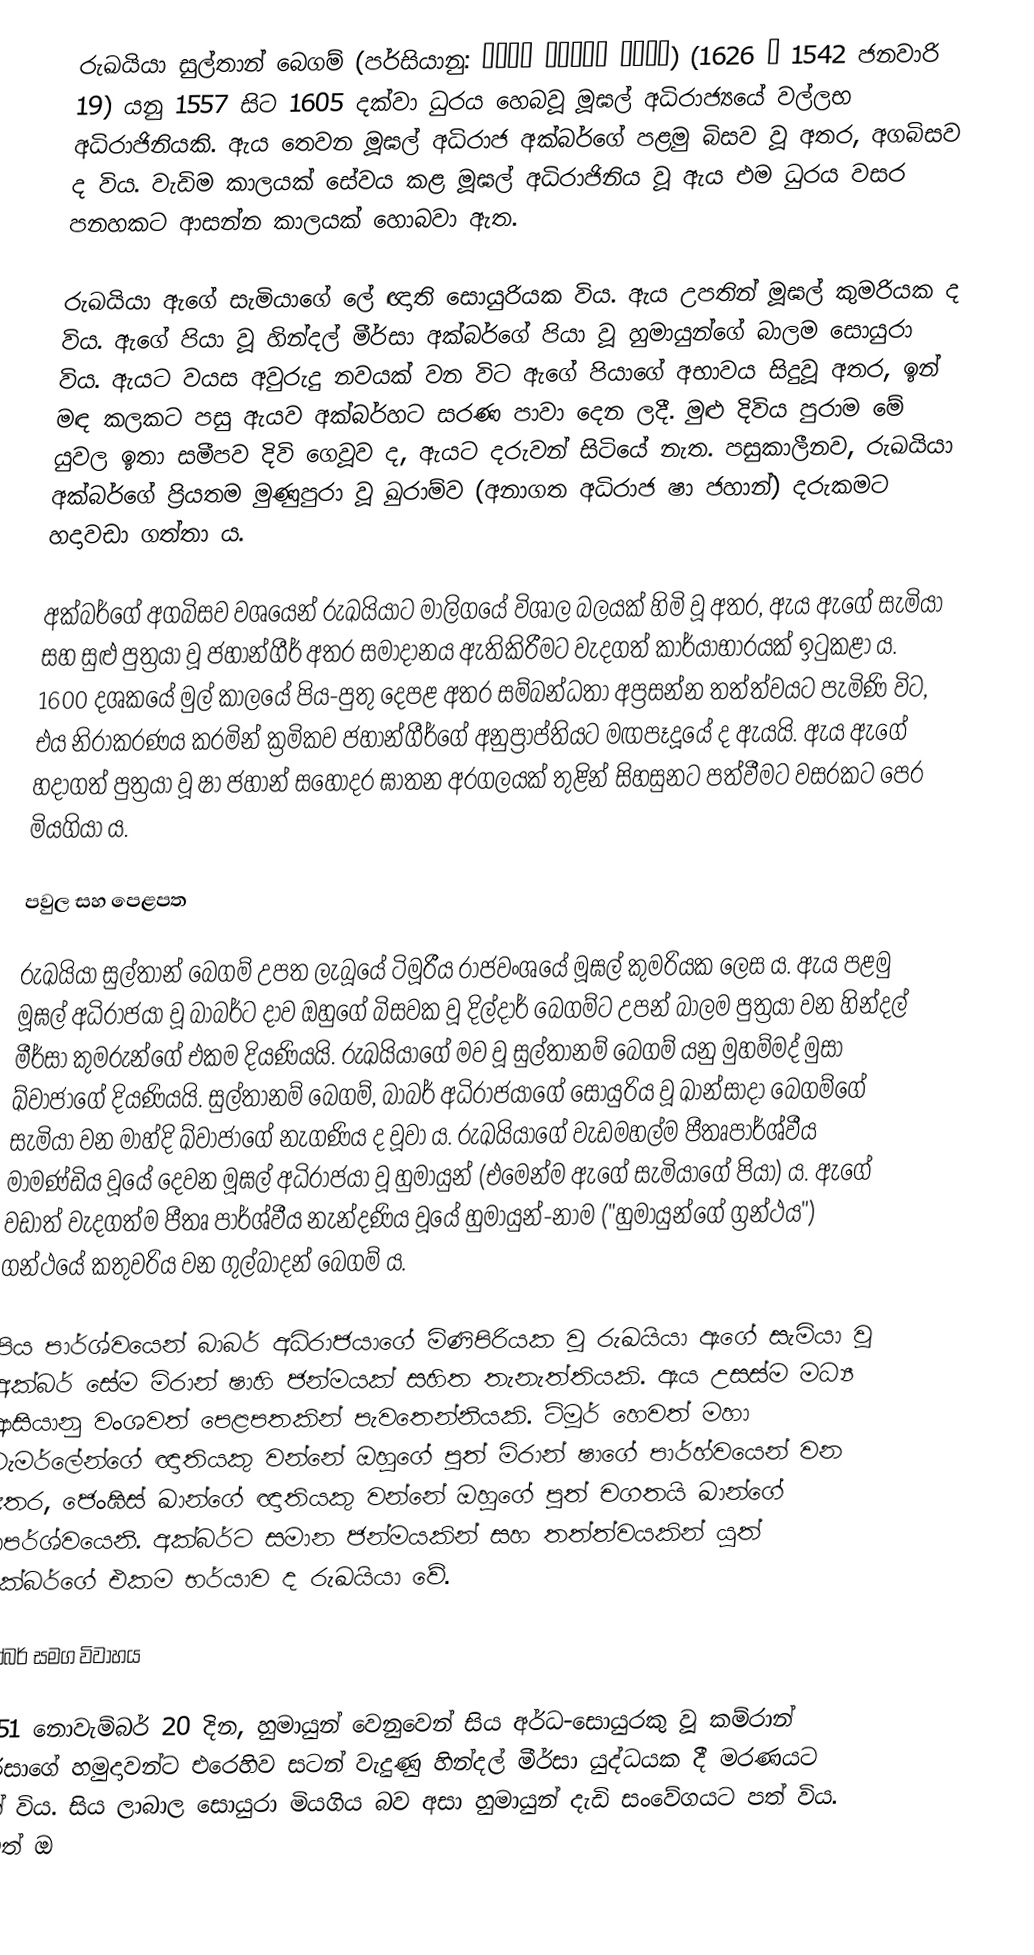
රුඛයියා සුල්තාන් බෙගම් (පර්සියානු: رقیه سلطان بیگم) (1542 – 1626 ජනවාරි 19) යනු 1557 සිට 1605 දක්වා ධුරය හෙබවූ මූඝල් අධිරාජ්‍යයේ වල්ලභ අධිරාජිනියකි‍. ඇය තෙවන මූඝල් අධිරාජ අක්බර්ගේ පළමු බිසව වූ අතර, අගබිසව ද විය. වැඩිම කාලයක් සේවය කළ මූඝල් අධිරාජිනිය වූ ඇය එම ධුරය වසර පනහකට ආසන්න කාලයක් හොබවා ඇත.

රුඛයියා ඇගේ සැමියාගේ ලේ ඥාති සොයුරියක විය. ඇය උපතින් මූඝල් කුමරියක ද විය. ඇගේ පියා වූ හින්දල් මීර්සා අක්බර්ගේ පියා වූ හුමායුන්ගේ බාලම සොයුරා විය. ඇයට වයස අවුරුදු නවයක් වන විට ඇගේ පියාගේ අභාවය සිදුවූ අතර, ඉන් මඳ කලකට පසු ඇයව අක්බර්හට සරණ පාවා දෙන ලදී. මුළු දිවිය පුරාම මේ යුවල ඉතා සමීපව දිවි ගෙවූව ද, ඇයට දරුවන් සිටියේ නැත. පසුකාලීනව, රුඛයියා අක්බර්ගේ ප්‍රියතම මුණුපුරා වූ ඛුරාම්ව (අනාගත අධිරාජ ෂා ජහාන්) දරුකමට හදාවඩා ගත්තා ය.

අක්බර්ගේ අගබිසව වශයෙන් රුඛයියාට මාලිගයේ විශාල බලයක් හිමි වූ අතර, ඇය ඇගේ සැමියා සහ සුළු පුත්‍රයා වූ ජහාන්ගීර් අතර සමාදානය ඇතිකිරීමට වැදගත් කාර්යාභාරයක් ඉටුකළා ය. 1600 දශකයේ මුල් කාලයේ පිය-පුතු දෙපළ අතර සම්බන්ධතා අප්‍රසන්න තත්ත්වයට පැමිණි විට, එය නිරාකරණය කරමින් ක්‍රමිකව ජහාන්ගීර්ගේ අනුප්‍රාප්තියට මඟපෑදූයේ ද ඇයයි. ඇය ඇගේ හදාගත් පුත්‍රයා වූ ෂා ජහාන් සහෝදර ඝාතන අරගලයක් තුළින් සිහසුනට පත්වීමට වසරකට පෙර මියගියා ය.

පවුල සහ පෙළපත

රුඛයියා සුල්තාන් බෙගම් උපත ලැබූයේ ටිමූරීය රාජවංශයේ මූඝල් කුමරියක ලෙස ය. ඇය පළමු මූඝල් අධිරාජයා වූ බාබර්ට දාව ඔහුගේ බිසවක වූ දිල්දාර් බෙගම්ට උපන් බාලම පුත්‍රයා වන හින්දල් මීර්සා කුමරුන්ගේ එකම දියණියයි. රුඛයියාගේ මව වූ සුල්තානම් බෙගම් යනු මුහම්මද් මුසා ඛ්වාජාගේ දියණියයි. සුල්තානම් බෙගම්, බාබර් අධිරාජයාගේ සොයුරිය වූ ඛාන්සාදා බෙගම්ගේ සැමියා වන මාහ්දි ඛ්වාජාගේ නැගණිය ද වූවා ය. රුඛයියාගේ වැඩමහල්ම පීතෘපාර්ශ්වීය මාමණ්ඩිය වූයේ දෙවන මූඝල් අධිරාජයා වූ හුමායුන් (එමෙන්ම ඇගේ සැමියාගේ පියා) ය. ඇගේ වඩාත් වැදගත්ම පීතෘ පාර්ශ්වීය නැන්දණිය වූයේ හුමායුන්-නාම ("හුමායුන්ගේ ග්‍රන්ථය") ගන්ථයේ කතුවරිය වන ගුල්බාදන් බෙගම් ය.

පිය පාර්ශ්වයෙන් බාබර් අධිරාජයාගේ මිණිපිරියක වූ රුඛයියා ඇගේ සැමියා වූ අක්බර් සේම මිරාන් ෂාහි ජන්මයක් සහිත තැනැත්තියකි. ඇය උසස්ම මධ්‍ය ආසියානු වංශවත් පෙළපතකින් පැවතෙන්නියකි. ටිමූර් හෙවත් මහා ටැමර්ලේන්ගේ ඥාතියකු වන්නේ ඔහුගේ පුත් මිරාන් ෂාගේ පාර්හ්වයෙන් වන අතර, ‍ජෙංඝිස් ඛාන්ගේ ඥාතියකු වන්නේ ඔහුගේ පුත් චගතයි ඛාන්ගේ ාපර්ශ්වයෙනි. අක්බර්ට සමාන ජන්මයකින් සහ තත්ත්වයකින් යුත් අක්බර්ගේ එකම භර්යාව ද රුඛයියා වේ.

අක්බර් සමග විවාහය

1551 නොවැම්බර් 20 දින, හුමායුන් වෙනුවෙන් සිය අර්ධ-සොයුරකු වූ කම්රාන් මීර්සා‍ගේ හමුදාවන්ට එරෙහිව සටන් වැදුණු හින්දල් මීර්සා යුද්ධයක දී මරණයට පත් විය. සිය ලාබාල සොයුරා මියගිය බව අසා හුමායුන් දැඩි සංවේගයට පත් විය. නමුත් ඔ